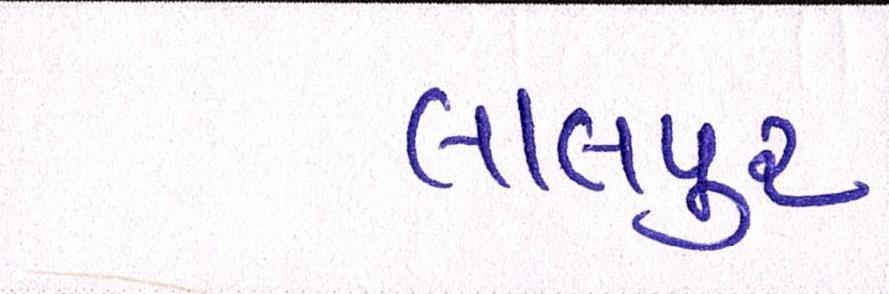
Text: લાલપુર